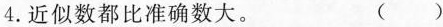
4.近似数都比准确数大。 ( )